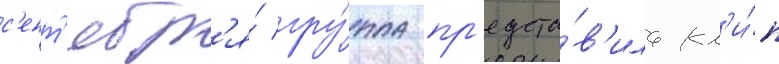
с'ент'ябр'я́ гру́ппа пр'едста́в'ила кл'и́п